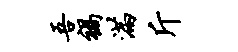
吾祸满斤